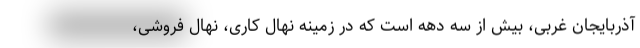
آذربایجان غربی، بیش از سه دهه است که در زمینه نهال کاری، نهال فروشی،